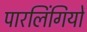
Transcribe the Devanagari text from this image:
पारलिंगियों